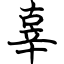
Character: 辜